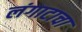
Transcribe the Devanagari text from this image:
लंगाटाचा